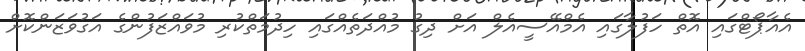
އެއާޕޯޓްގައި އޮތް ހަފުލާގައި އެމްއޭސީއެލް އަށް ދިގު މުއްދަތެއްގައި ހިދުމަތްކުރި މުވައްޒަފުންގެ އަގުވަޒަންކޮށް